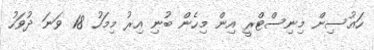
ހައުސިން މިނިސްޓްރީ އިން މިހެން ބުނި އިރު މިމަހު 18 ވަނަ ދުވަހު